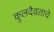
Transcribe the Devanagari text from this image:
कुलदैवताचे